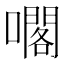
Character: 𡁤